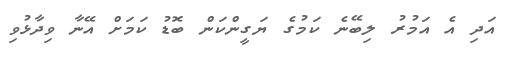
އަދި އެ އަމުރު ލިބޭނެ ކަމުގެ ޔަގީންކަން ބޮޑު ކަމަށް އޭނާ ވިދާޅުވި